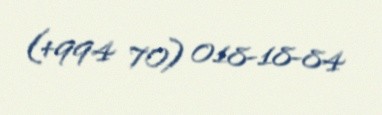
(+994 70) 018-18-84